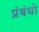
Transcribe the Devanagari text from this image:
प्रंबंधो